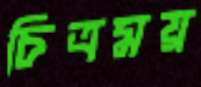
চিত্রময়